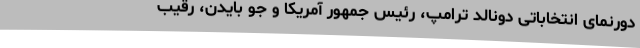
دورنمای انتخاباتی دونالد ترامپ، رئیس جمهور آمریکا و جو بایدن، رقیب